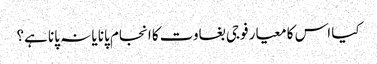
کیا اس کا معیار فوجی بغاوت کا انجام پانا یا نہ پانا ہے؟